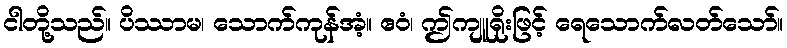
ငါတို့သည်။ ပိဿာမ၊ သောက်ကုန်အံ့။ ဧဝံ၊ ဤကျူရိုးဖြင့် ရေသောက်လတ်သော်။